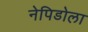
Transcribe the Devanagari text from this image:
नेपिडोला